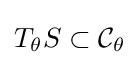
T_{\theta }S\subset {\mathcal {C}}_{\theta }